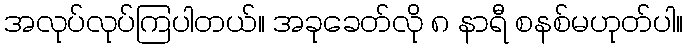
အလုပ်လုပ်ကြပါတယ်။ အခုခေတ်လို ၈ နာရီ စနစ်မဟုတ်ပါ။